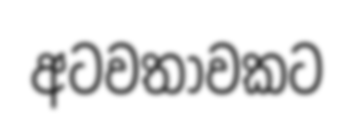
අටවතාවකට